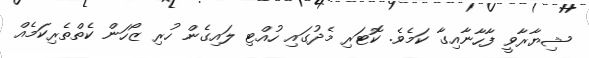
ޝިޔާރާވީ ފާހާނާއިގާ ކަމެވެ. ކޮޓަރި މެދުގައި ހުއްޓި ލައިގެން ހުރި ޒޯހަން ކެތްތެރިކަމެއް